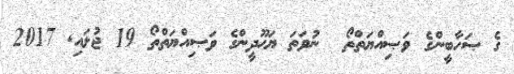
ގެ ޞަހާބީންގެ ވަޞިއްޔަތްތޯ  ނުވަތަ ޔަޙޫދީންގެ ވަޞިއްޔަތްތޯ 19 ޖުލައި